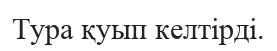
Тура қуып келтірді.